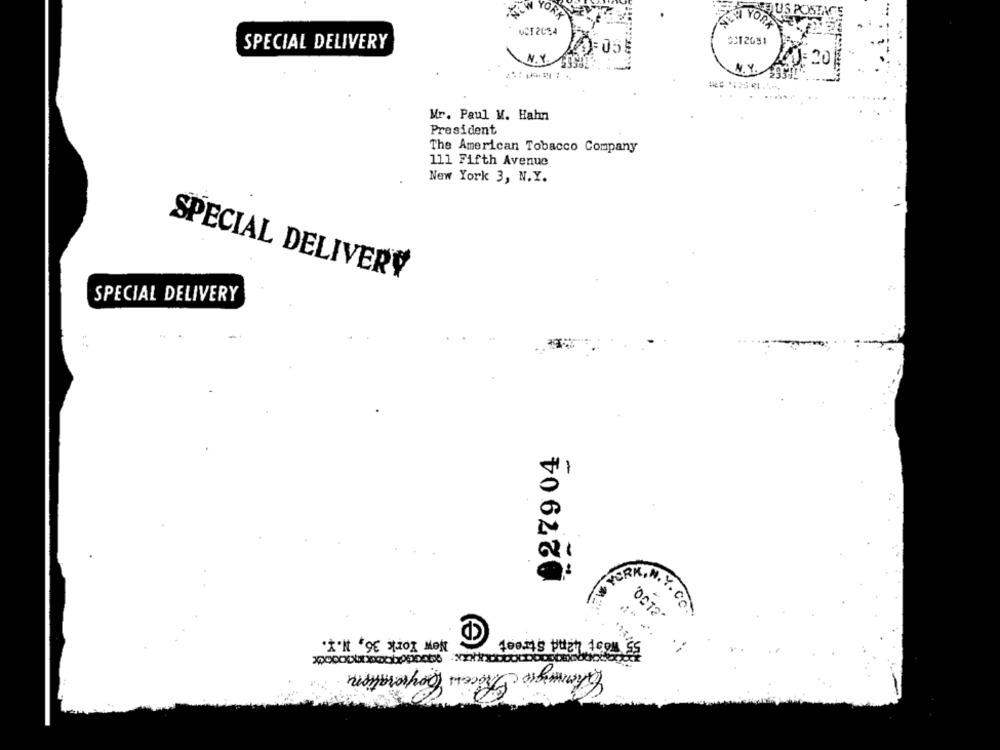
YORK
YOR
UCT 2054
SPECIAL DELIVERY
N.Y
Mr. Paul V. Hahn
President
The American Tobacco Company
111 Fifth Avenue
New York 3, N.Y.
SPECIAL DELIVERY
SPECIAL DELIVERY
27904
SRK.H.Y. CO.
New York 36, N.Y.
foams puch 10ou 55